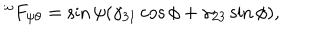
^ { \omega } F _ { \psi \theta } = \sin \psi ( \gamma _ { 3 1 } \cos \phi + \gamma _ { 2 3 } \sin \phi ) ,